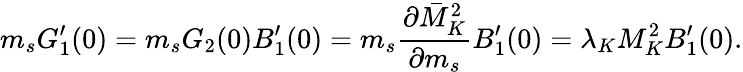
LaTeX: m_{s}G_{1}^{\prime}(0)=m_{s}G_{2}(0)B_{1}^{\prime}(0)=m_{s}\frac{\partial\bar{M}_{K}^{2}}{\partial m_{s}}B_{1}^{\prime}(0)=\lambda_{K}M_{K}^{2}B_{1}^{\prime}(0).